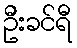
ဦးခင်ရီ